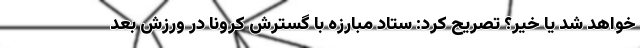
خواهد شد یا خیر؟ تصریح کرد: ستاد مبارزه با گسترش کرونا در ورزش بعد